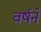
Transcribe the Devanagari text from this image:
वर्षने